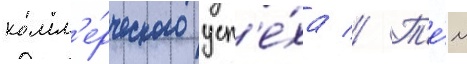
комм'е́рческого усп'е́ха // Т'е́м